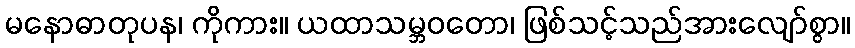
မနောဓာတုပန၊ ကိုကား။ ယထာသမ္ဘဝတော၊ ဖြစ်သင့်သည်အားလျော်စွာ။